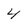
Character: 4